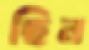
ছিন